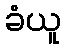
ခံယူ